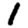
Digit: 1